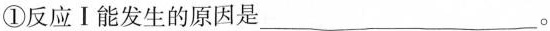
①反应Ⅰ能发生的原因是___。